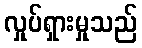
လှုပ်ရှားမှုသည်